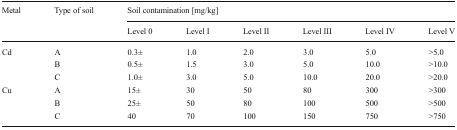
<table><thead><tr><td rowspan="2"><b>Metal</b></td><td rowspan="2"><b>Type of soil</b></td><td colspan="6"><b>Soil contamination [mg/kg]</b></td></tr><tr><td><b>Level 0</b></td><td><b>Level I</b></td><td><b>Level II</b></td><td><b>Level III</b></td><td><b>Level IV</b></td><td><b>Level V</b></td></tr></thead><tbody><tr><td rowspan="3">Cd</td><td>A</td><td>0.3±</td><td>1.0</td><td>2.0</td><td>3.0</td><td>5.0</td><td>&gt;5.0</td></tr><tr><td>B</td><td>0.5±</td><td>1.5</td><td>3.0</td><td>5.0</td><td>10.0</td><td>&gt;10.0</td></tr><tr><td>C</td><td>1.0±</td><td>3.0</td><td>5.0</td><td>10.0</td><td>20.0</td><td>&gt;20.0</td></tr><tr><td rowspan="3">Cu</td><td>A</td><td>15±</td><td>30</td><td>50</td><td>80</td><td>300</td><td>&gt;300</td></tr><tr><td>B</td><td>25±</td><td>50</td><td>80</td><td>100</td><td>500</td><td>&gt;500</td></tr><tr><td>C</td><td>40</td><td>70</td><td>100</td><td>150</td><td>750</td><td>&gt;750</td></tr></tbody></table>